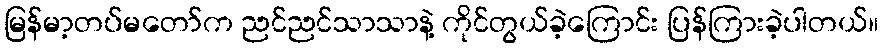
မြန်မာ့တပ်မတော်က ညင်ညင်သာသာနဲ့ ကိုင်တွယ်ခဲ့ကြောင်း ပြန်ကြားခဲ့ပါတယ်။